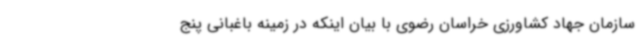
سازمان جهاد کشاورزی خراسان رضوی با بیان اینکه در زمینه باغبانی پنج